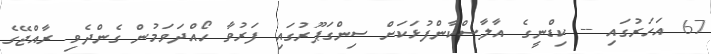
67 އަހަރުގައި -- ކިޑްނީގެ އާލާސްކާންފުޅަކަށް ސިންގަޕޫރުގައި ފަރުވާ ހޯއްދަވަމުން ގެންދެވި ރާއްޖޭގެ